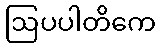
ဩပပါတိကေ